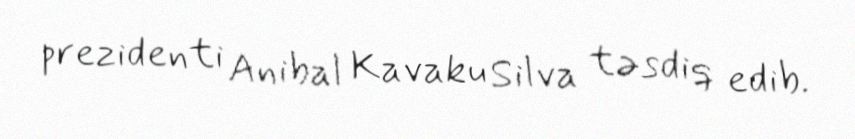
prezidenti Anibal Kavaku Silva təsdiq edib.